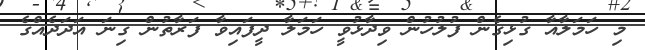
މި ހަމަލާއާ ގުޅިގެން ފުލުހުން ވިދާޅުވީ ހަމަލާ ދީފައިވާ ފަރާތުން ގިނަ އަދަދެއްގެ